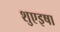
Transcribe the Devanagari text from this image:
शुएइषा